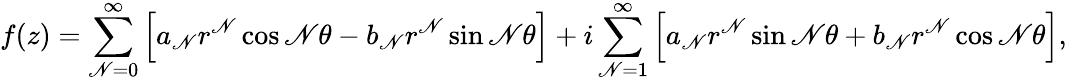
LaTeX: f(z)=\sum_{\mathscr{N}=0}^{\infty}\left[a_{\mathscr{N}}r^{\mathscr{N}}\cos\mathscr{N}\theta-b_{\mathscr{N}}r^{\mathscr{N}}\sin\mathscr{N}\theta\right]+i\sum_{\mathscr{N}=1}^{\infty}\left[a_{\mathscr{N}}r^{\mathscr{N}}\sin\mathscr{N}\theta+b_{\mathscr{N}}r^{\mathscr{N}}\cos\mathscr{N}\theta\right],